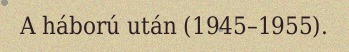
A háború után (1945–1955).